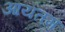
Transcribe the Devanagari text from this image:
आयतम